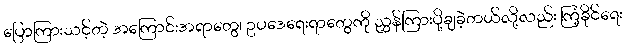
ပြောကြားသင့်တဲ့ အကြောင်းအရာတွေ၊ ဥပဒေရေးရာတွေကို ညွှန်ကြားပို့ချခဲ့တယ်လို့လည်း ကြံ့ခိုင်ရေး